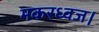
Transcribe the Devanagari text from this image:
मकरध्वज।